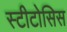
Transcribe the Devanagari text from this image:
स्टीटोसिस